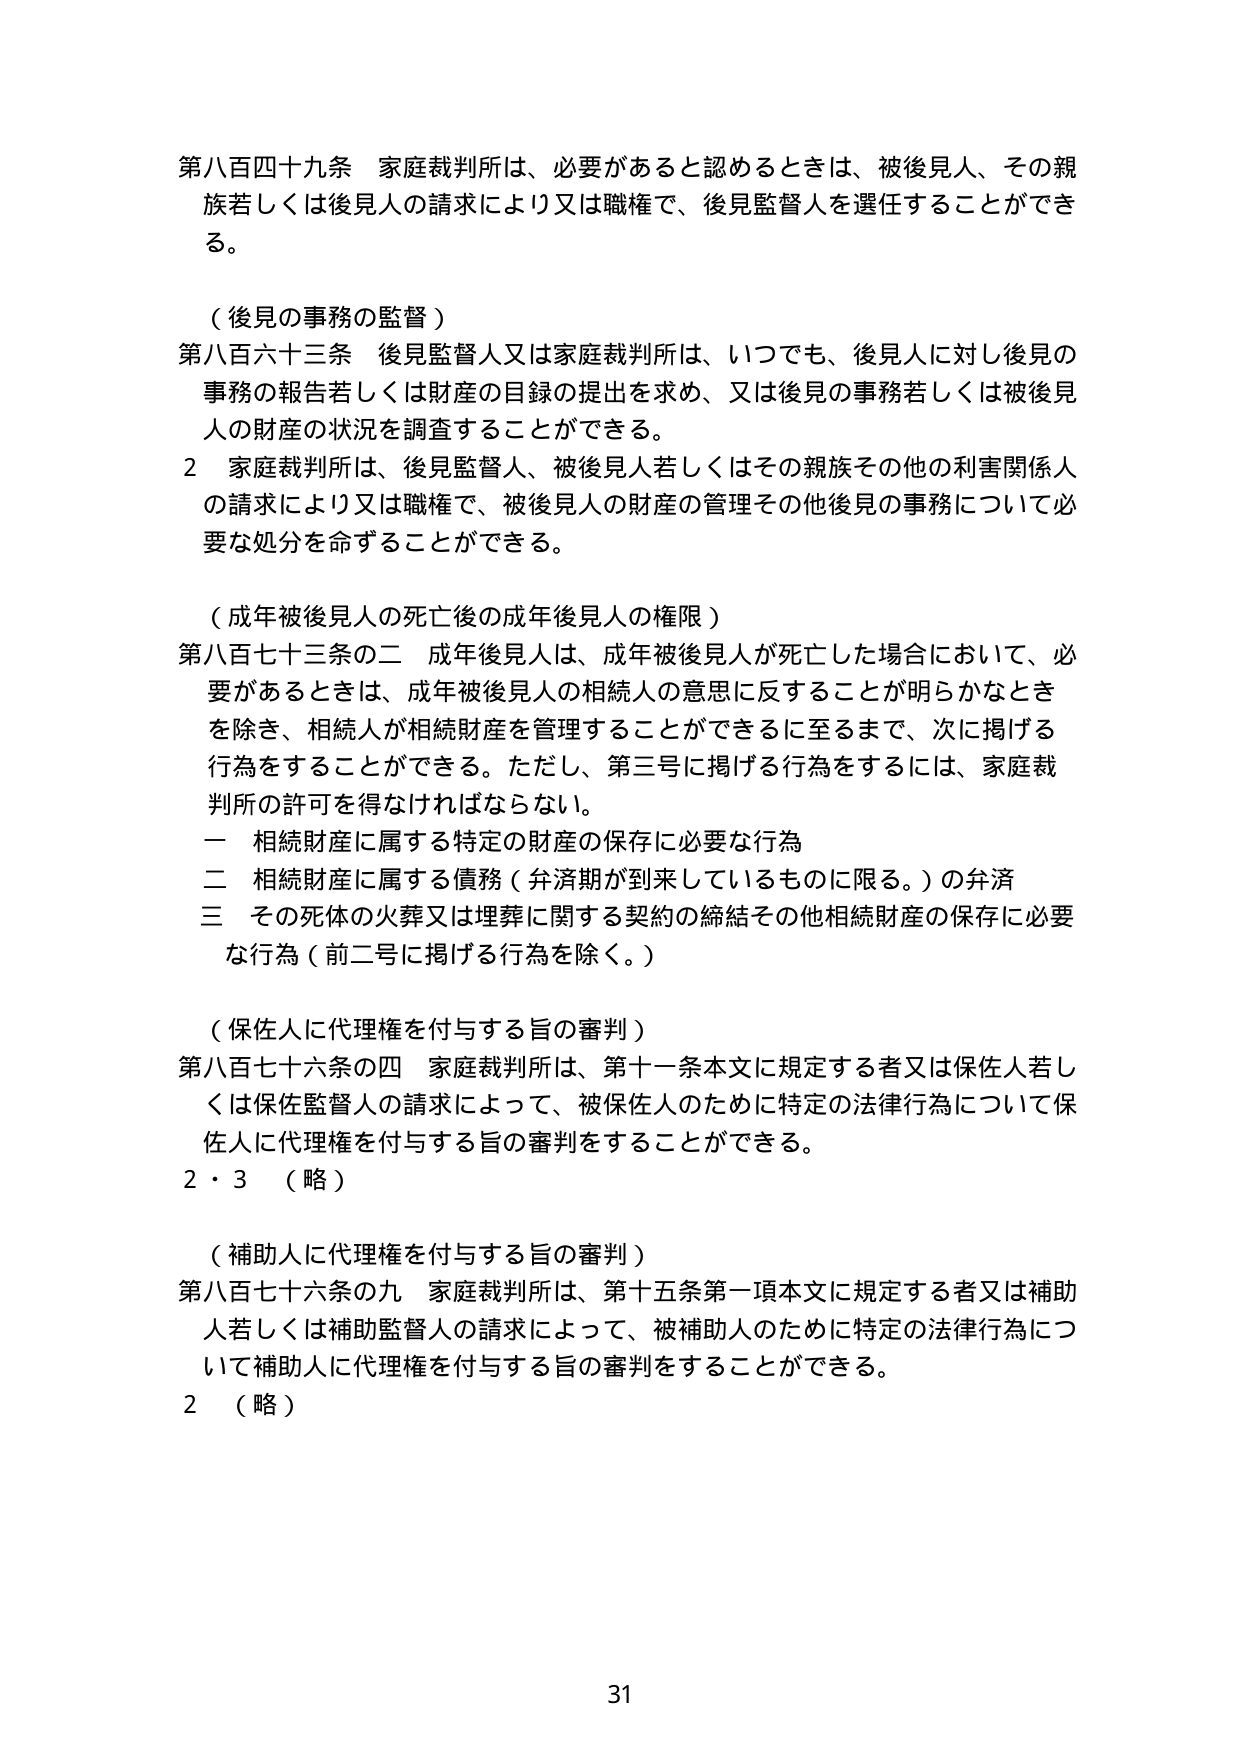
第八百四十九条 家庭裁判所は、必要があると認めるときは、被後見人、その親族若しくは後見人の請求により又は職権で、後見監督人を選任することができる。

（後見の事務の監督）
第八百六十三条 後見監督人又は家庭裁判所は、いつでも、後見人に対し後見の事務の報告若しくは財産の目録の提出を求め、又は後見の事務若しくは被後見人の財産の状況を調査することができる。
２ 家庭裁判所は、後見監督人、被後見人若しくはその親族その他の利害関係人の請求により又は職権で、被後見人の財産の管理その他後見の事務について必要な処分を命ずることができる。

（成年被後見人の死亡後の成年後見人の権限）
第八百七十三条の二 成年後見人は、成年被後見人が死亡した場合において、必要があるときは、成年被後見人の相続人の意思に反することが明らかなときを除き、相続人が相続財産を管理することができるに至るまで、次に掲げる行為をすることができる。ただし、第三号に掲げる行為をするには、家庭裁判所の許可を得なければならない。
一 相続財産に属する特定の財産の保存に必要な行為
二 相続財産に属する債務（弁済期が到来しているものに限る。）の弁済
三 その死体の火葬又は埋葬に関する契約の締結その他相続財産の保存に必要な行為（前二号に掲げる行為を除く。）

（保佐人に代理権を付与する旨の審判）
第八百七十六条の四 家庭裁判所は、第十一条本文に規定する者又は保佐人若しくは保佐監督人の請求によって、被保佐人のために特定の法律行為について保佐人に代理権を付与する旨の審判をすることができる。
２・３ （略）

（補助人に代理権を付与する旨の審判）
第八百七十六条の九 家庭裁判所は、第十五条第一項本文に規定する者又は補助人若しくは補助監督人の請求によって、被補助人のために特定の法律行為について補助人に代理権を付与する旨の審判をすることができる。
２ （略）

31